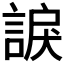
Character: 𧩈